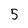
Character: 5